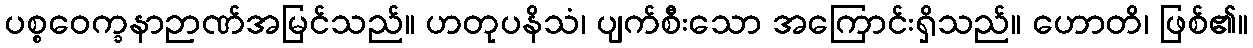
ပစ္စဝေက္ခနာဉာဏ်အမြင်သည်။ ဟတုပနိသံ၊ ပျက်စီးသော အကြောင်းရှိသည်။ ဟောတိ၊ ဖြစ်၏။